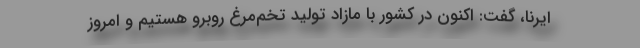
ایرنا، گفت: اکنون در کشور با مازاد تولید تخم‌مرغ روبرو هستیم و امروز